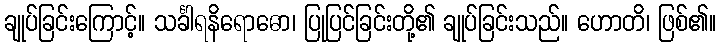
ချုပ်ခြင်းကြောင့်။ သင်္ခါရနိရောဓော၊ ပြုပြင်ခြင်းတို့၏ ချုပ်ခြင်းသည်။ ဟောတိ၊ ဖြစ်၏။